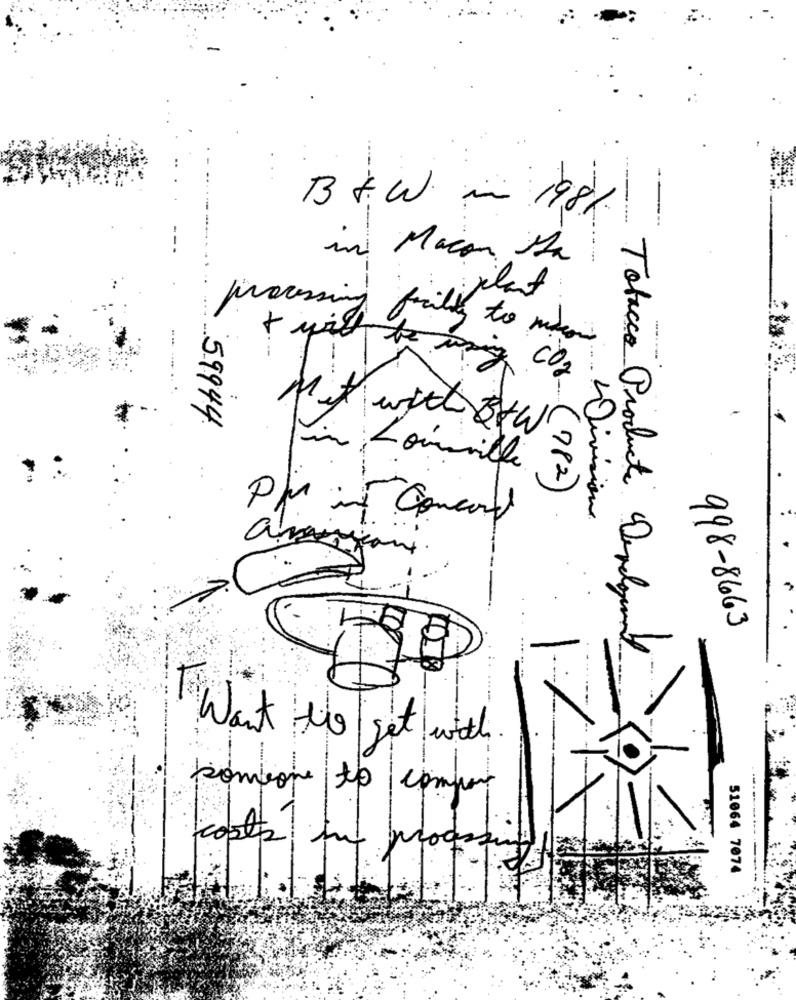
B + W. in 198%
in Macon sa
plant
processing facility to mason
+ will be using CO2
..
59944
Mit with &tw
in Louisville
(782)
Division
a
un .
7
998-8663
Tobacco Products Development
Want the set with
someone to compus
costs in processioni
51064 7074